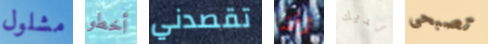
مشلول أخطو تقصدني وقته لديك تصبحى